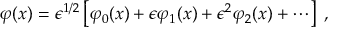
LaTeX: \varphi ( x ) = \epsilon ^ { 1 / 2 } \left\lbrack \varphi _ { 0 } ( x ) + \epsilon \varphi _ { 1 } ( x ) + \epsilon ^ { 2 } \varphi _ { 2 } ( x ) + \cdots \right\rbrack \; ,